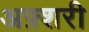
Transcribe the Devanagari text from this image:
अफ़्शरी